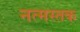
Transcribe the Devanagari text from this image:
नत्मस्तक